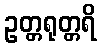
ဥတ္တရုတ္တရိ